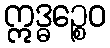
ဣဒ္ဓဉ္စေဝ